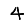
Digit: 4